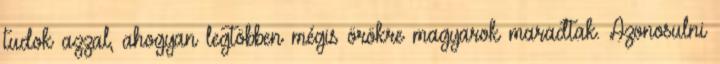
tudok azzal, ahogyan legtöbben mégis örökre magyarok maradtak. Azonosulni